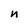
Character: n